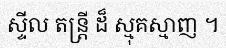
ស្ទីល តន្ត្រី ដ៏ ស្មុគស្មាញ ។